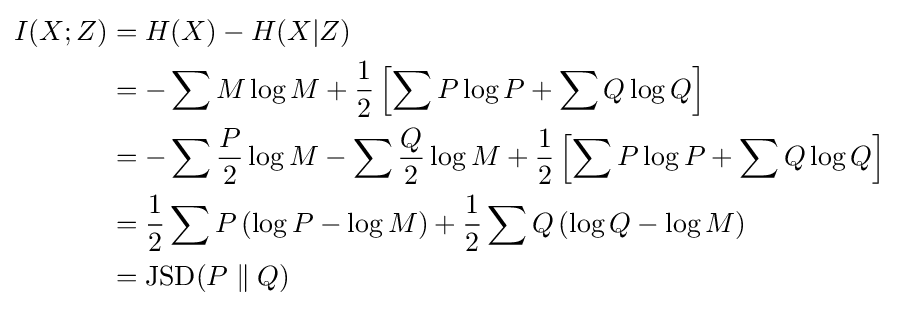
{\begin{aligned}I(X;Z)&=H(X)-H(X|Z)\\&=-\sum M\log M+{\frac {1}{2}}\left[\sum P\log P+\sum Q\log Q\right]\\&=-\sum {\frac {P}{2}}\log M-\sum {\frac {Q}{2}}\log M+{\frac {1}{2}}\left[\sum P\log P+\sum Q\log Q\right]\\&={\frac {1}{2}}\sum P\left(\log P-\log M\right)+{\frac {1}{2}}\sum Q\left(\log Q-\log M\right)\\&={\rm {JSD}}(P\parallel Q)\end{aligned}}